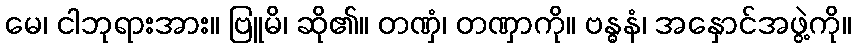
မေ၊ ငါဘုရားအား။ ဗြူမိ၊ ဆို၏။ တဏှံ၊ တဏှာကို။ ဗန္ဓနံ၊ အနှောင်အဖွဲ့ကို။